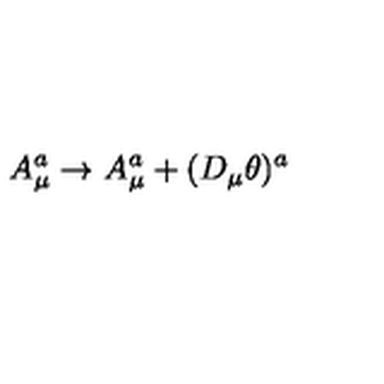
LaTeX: A _ { \mu } ^ { a } \to A _ { \mu } ^ { a } + ( D _ { \mu } \theta ) ^ { a }